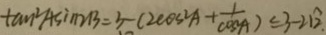
\tan ^ { 2 } A \sin 2 B = 3 - ( 2 \cos ^ { 2 } A + \frac { 1 } { \cos A } ) \leq 3 - 2 1 \widehat { 2 } \cdot